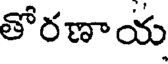
తోరణాయ